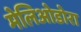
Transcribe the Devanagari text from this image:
मेलिओडोरा